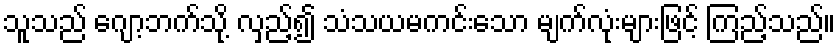
သူသည် ဂျော့ဘက်သို့ လှည့်၍ သံသယမကင်းသော မျက်လုံးများဖြင့် ကြည့်သည်။